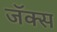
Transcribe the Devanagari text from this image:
जॅक्स